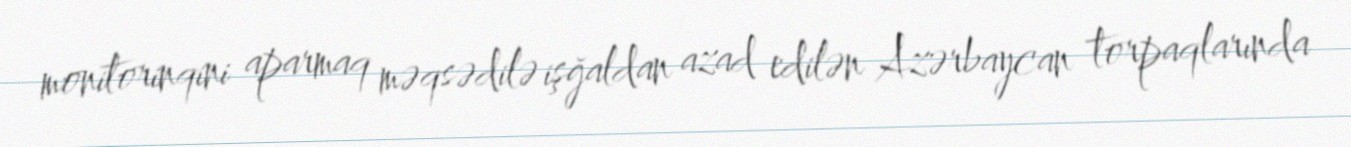
monitorinqini aparmaq məqsədilə işğaldan azad edilən Azərbaycan torpaqlarında